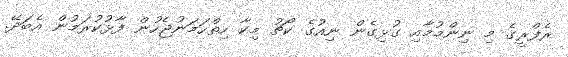
ރެފްރީގެ މި ނިންމުމާއި ގުޅިގެން ނިއުގެ ކޯޗު މިކާ ހިތްހަމަނުޖެހުން ފާޅުކުރަމުން އެބަދޭ.